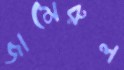
জামেরুল